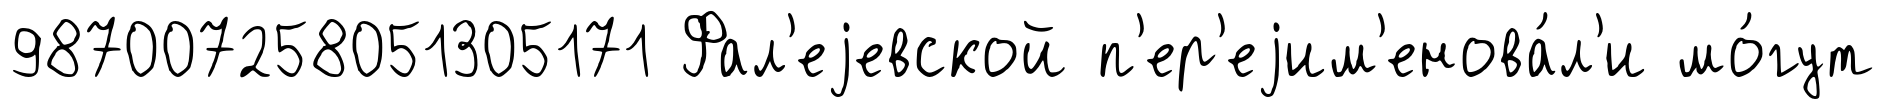
987007258051305171 Фал'еjевской п'ер'еjим'енова́л'и мо́гут